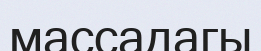
массадагы